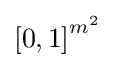
{\mathopen {[}}0,1{\mathclose {]}}^{m^{2}}